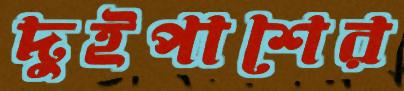
দুইপাশের